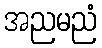
အညမညံ